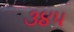
૩૪૫